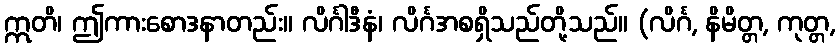
ဣတိ၊ ဤကားစောဒနာတည်း။ လိင်္ဂါဒီနံ၊ လိင်္ဂအစရှိသည်တို့သည်။ (လိင်္ဂ, နိမိတ္တ, ကုတ္တ,